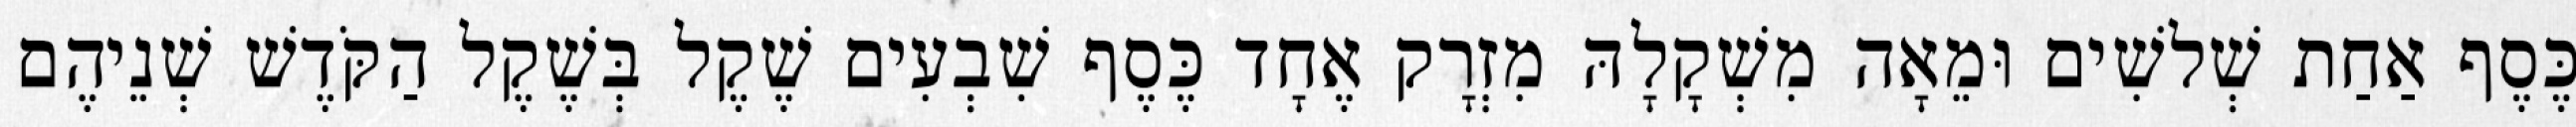
כֶּסֶף אַחַת שְׁלשִׁים וּמֵאָה מִשְׁקָלָהּ מִזְרָק אֶחָד כֶּסֶף שִׁבְעִים שֶׁקֶל בְּשֶׁקֶל הַקֹּדֶשׁ שְׁנֵיהֶם